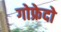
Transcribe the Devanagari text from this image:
गोफ्रेदो